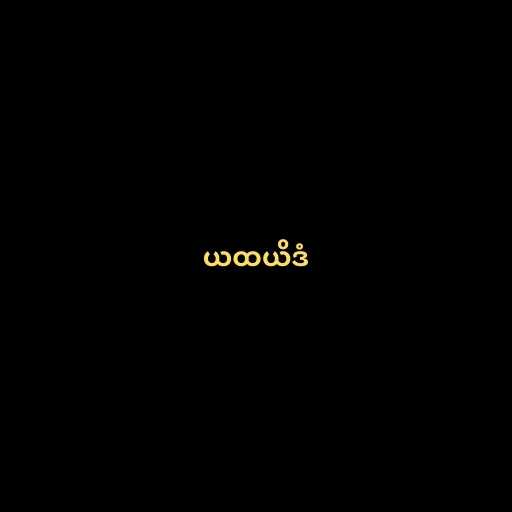
ယထယိဒံ